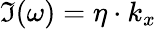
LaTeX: \Im(\omega)=\eta\cdot k_{x}